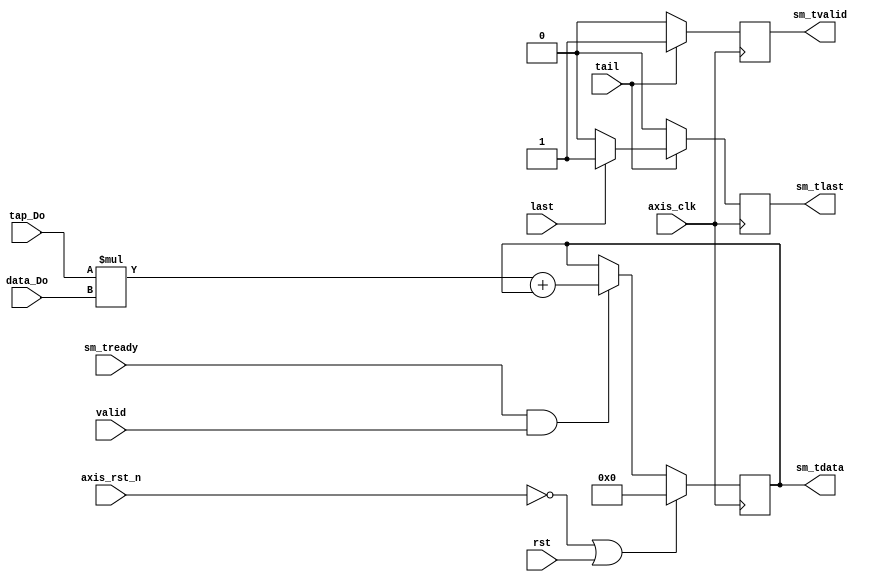
module fir_output
#(  parameter pADDR_WIDTH = 12,
    parameter pDATA_WIDTH = 32,
    parameter Tape_Num    = 11
)
(
    input   wire                     axis_clk,
    input   wire                     axis_rst_n,
    input   wire [(pDATA_WIDTH-1):0] tap_Do,
    input   wire [(pDATA_WIDTH-1):0] data_Do,
	input   wire					 valid,
	input   wire					 rst,
    input   wire					 tail,
    input   wire					 last,

    input   wire                     sm_tready, 
    output  wire                     sm_tvalid, 
    output  wire [(pDATA_WIDTH-1):0] sm_tdata, 
    output  wire                     sm_tlast
);

/*
AXI-stream:
   M(PS)->S(FIR):
        sm_tready

    M(PS)<-S(FIR):
        sm_tdata
        sm_tlast
		sm_tvalid

*/

reg [(pDATA_WIDTH-1):0] outputdata;
reg outputvalid;
reg outputlast;

always@(posedge axis_clk)
	if ( (!axis_rst_n) || rst) outputdata <= 0;

	else begin
        if(sm_tready && valid) 
            outputdata <= tap_Do*data_Do + outputdata;    
        else outputdata <= outputdata;
    end

always@(posedge axis_clk)
    if(tail) begin
        if(last) begin
            outputvalid <= 1;
            outputlast <= 1;
            end
            else begin
            outputvalid <= 1;
            outputlast <= 0;
            end
        end
    else begin
        outputvalid <= 0;
        outputlast <= 0;
    end    

assign sm_tvalid = outputvalid;
assign sm_tdata = outputdata;
assign sm_tlast = outputlast;

endmodule